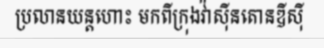
ប្រលានយន្តហោះ មកពីក្រុងវ៉ាស៊ីនតោនឌីស៊ី